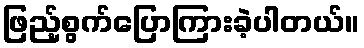
ဖြည့်စွက်ပြောကြားခဲ့ပါတယ်။